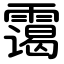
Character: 霭